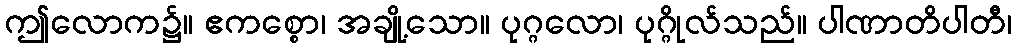
ဤလောက၌။ ဧကစ္စော၊ အချို့သော။ ပုဂ္ဂလော၊ ပုဂ္ဂိုလ်သည်။ ပါဏာတိပါတီ၊